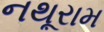
નથૂરામ